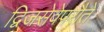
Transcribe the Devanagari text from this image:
द्विजसेवेपरौतें